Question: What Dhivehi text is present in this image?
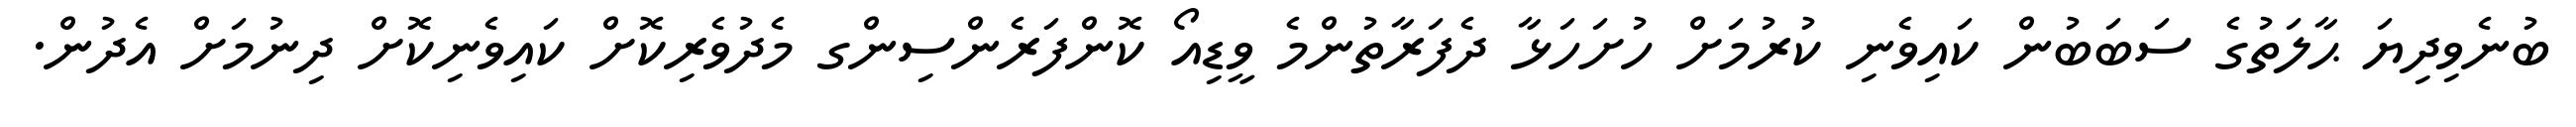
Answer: ބުނެވިދިޔަ ޙާލަތުގެ ސަބަބުން ކައިވެނި ކުރުމަށް ހުށަހަޅާ ދެފަރާތުންމެ ވީޑިއޯ ކޮންފަރެންސިންގ މެދުވެރިކޮށް ކައިވެނިކޮށް ދިނުމަށް އެދުން.